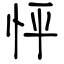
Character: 怦